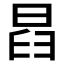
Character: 𣆵